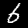
Label: 6